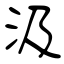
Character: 汲